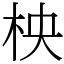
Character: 柍